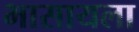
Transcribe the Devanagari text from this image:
भासायला